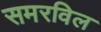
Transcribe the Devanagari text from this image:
समरविल